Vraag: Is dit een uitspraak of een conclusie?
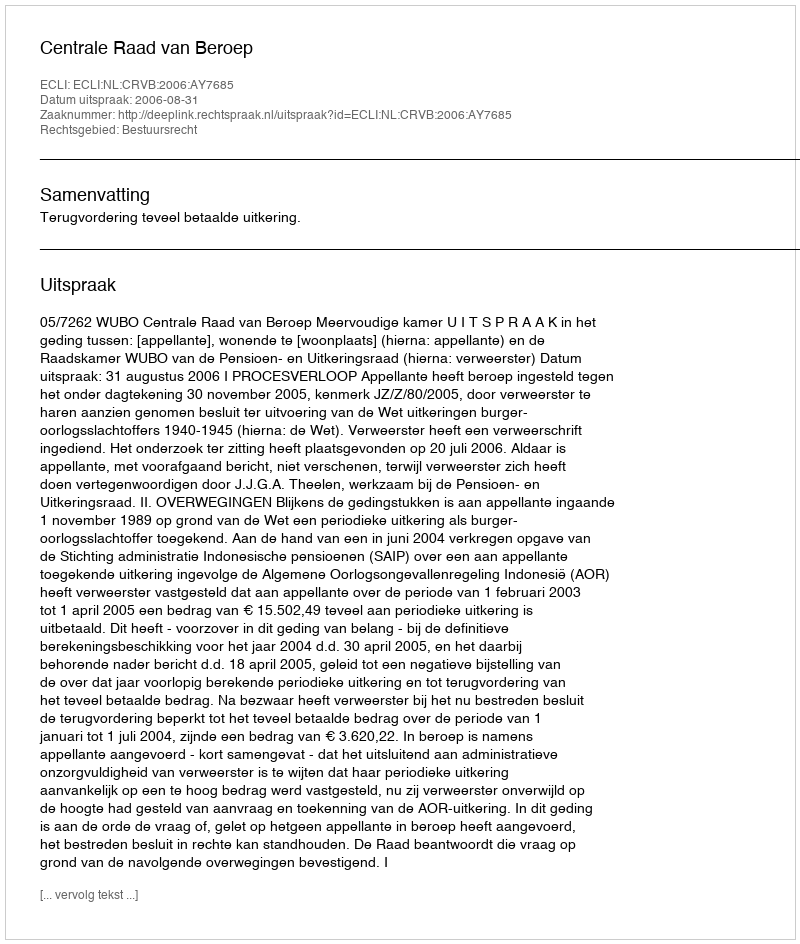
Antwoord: Uitspraak